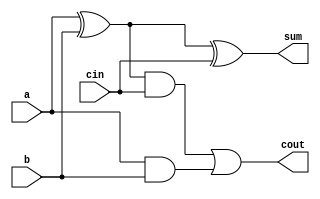
/*******************************************************************
*
* Module: fulladder.v
* Project: Pipelined RISC-V Processor
* Description: Bit full adder.
*
**********************************************************************/
`timescale 1ns / 1ps

module fulladder(
a, b, cin, sum, cout
    );
    
    input a, b, cin;
    output sum, cout;

    wire w1, w2, w3;

    xor g1 (w1, a, b);
    xor g2 (sum, w1, cin);
    and g3 (w2, w1, cin);
    and g4 (w3, a, b);
    or g5 (cout, w2, w3);
    
endmodule